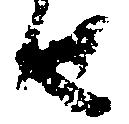
由